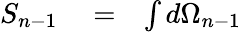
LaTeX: \begin{array}{rlr}{S_{n-1}}&{{}=}&{\int d\Omega_{n-1}}\end{array}